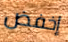
إخفض